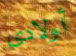
أولادى